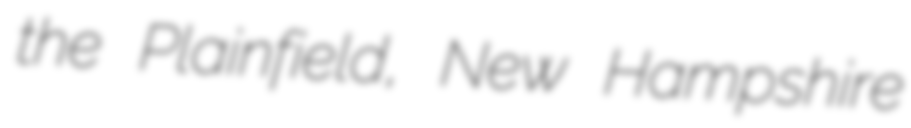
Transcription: the Plainfield, New Hampshire